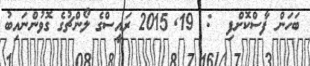
ބަހަން ފާސްކޮށްފި  :  19